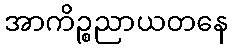
အာကိဉ္စညာယတနေ